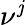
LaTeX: \nu^{\mathit{j}}